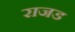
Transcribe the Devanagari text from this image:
राजड